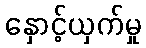
နှောင့်ယှက်မှု